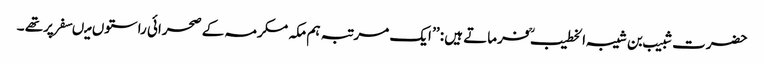
حضرت شبیب بن شیبہ الخطیب ؒ فرماتے ہیں : ’’ ایک مرتبہ ہم مکہ مکرمہ کے صحرائی راستوں میںسفر پرتھے ۔